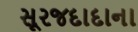
સૂરજદાદાના